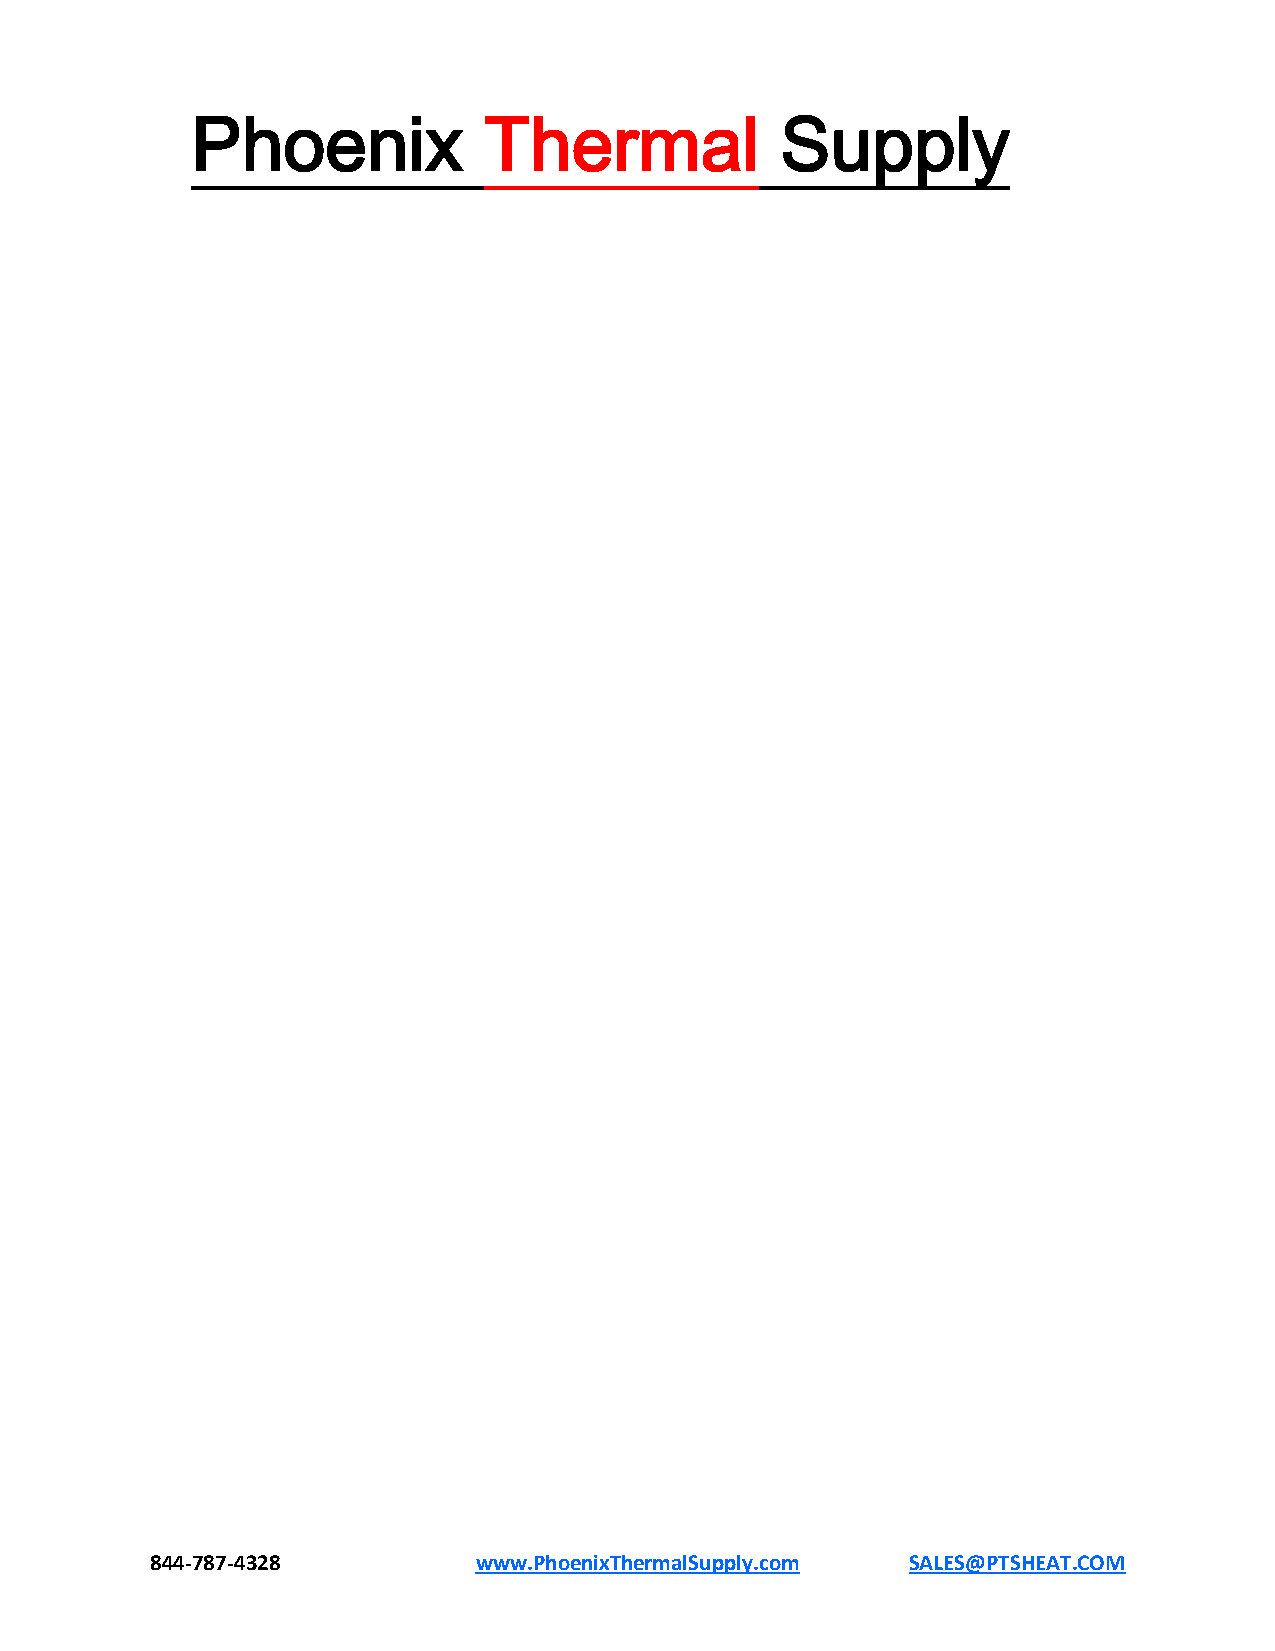
Phoenix            Thermal             Supply
 844-787-4328         www.PhoenixThermalSupply.com SALES@PTSHEAT.COM